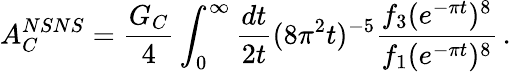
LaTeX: A_{C}^{NSNS}={\frac{G_{C}}{4}}\int_{0}^{\infty}{\frac{dt}{2t}}(8\pi^{2}t)^{-5}{\frac{f_{3}(e^{-\pi t})^{8}}{f_{1}(e^{-\pi t})^{8}}}\, .